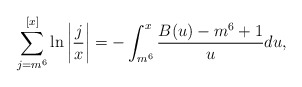
\begin{align*} \sum_{j=m^6}^{[x]}\ln \left|\frac{j}{x}\right|=-\int_{m^6}^{x}\frac{B(u)-m^6+1}{u}du,\end{align*}